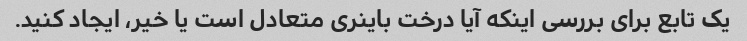
یک تابع برای بررسی اینکه آیا درخت باینری متعادل است یا خیر، ایجاد کنید.